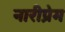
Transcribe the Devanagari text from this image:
नारीप्रेम